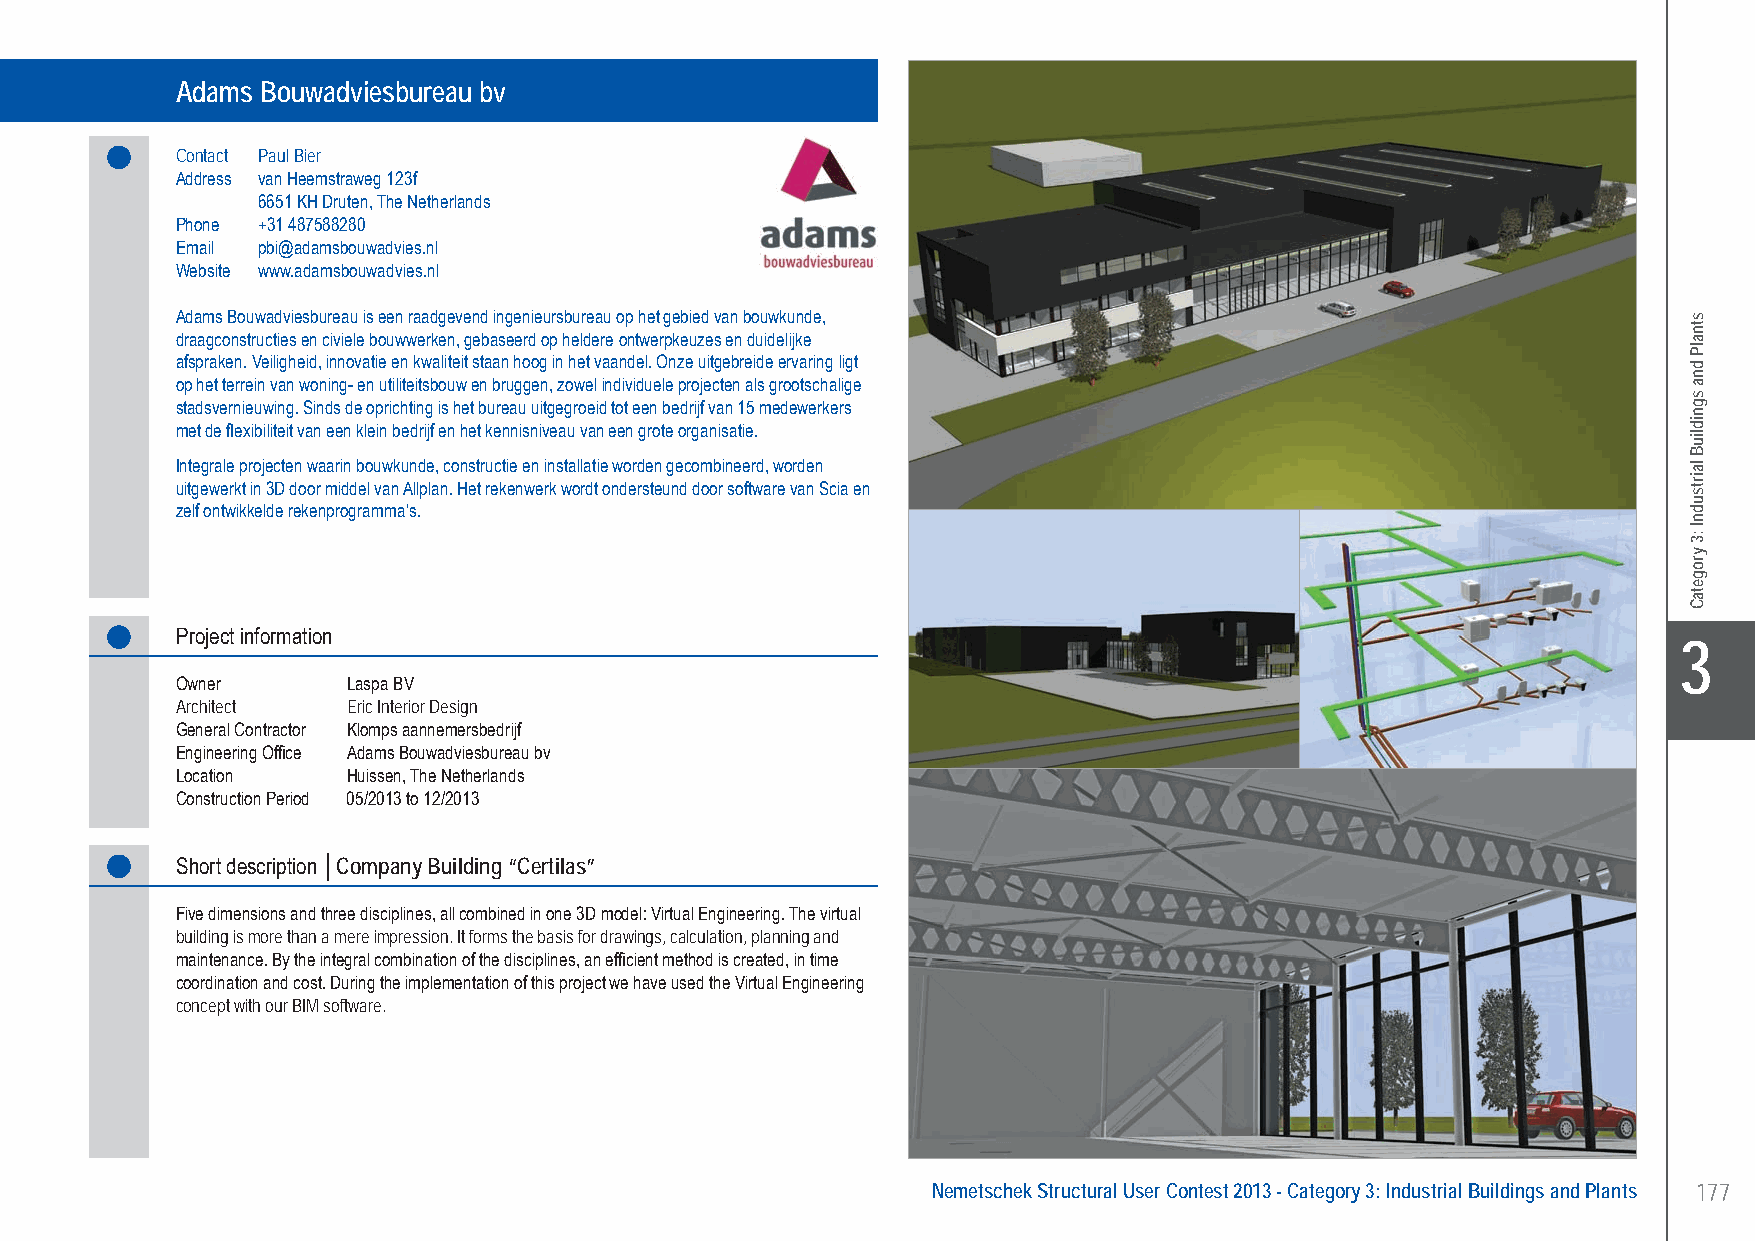
Adams Bouwadviesbureau bv Company Building “Certilas” - Huissen, The Netherlands
 Adams Bouwadviesbureau bv
 Contact Paul Bier
 Address van Heemstraweg 123f
 6651 KH Druten, The Netherlands
 Phone +31 487588280
 Email pbi@adamsbouwadvies.nl
 Website www.adamsbouwadvies.nl
 Adams Bouwadviesbureau is een raadgevend ingenieursbureau op het gebied van bouwkunde,
 draagconstructies en civiele bouwwerken, gebaseerd op heldere ontwerpkeuzes en duidelijke
 afspraken. Veiligheid, innovatie en kwaliteit staan hoog in het vaandel. Onze uitgebreide ervaring ligt
 op het terrein van woning- en utiliteitsbouw en bruggen, zowel individuele projecten als grootschalige
 stadsvernieuwing. Sinds de oprichting is het bureau uitgegroeid tot een bedrijf van 15 medewerkers
 met de flexibiliteit van een klein bedrijf en het kennisniveau van een grote organisatie.
 Integrale projecten waarin bouwkunde, constructie en installatie worden gecombineerd, worden
 uitgewerkt in 3D door middel van Allplan. Het rekenwerk wordt ondersteund door software van Scia en
 zelf ontwikkelde rekenprogramma’s.
 Project information
 X3
 Owner      Laspa BV
 Architect  Eric Interior Design
 General Contractor Klomps aannemersbedrijf
 Engineering Office Adams Bouwadviesbureau bv
 Location   Huissen, The Netherlands
 Construction Period 05/2013 to 12/2013
 Short description │Company Building “Certilas”
 Five dimensions and three disciplines, all combined in one 3D model: Virtual Engineering. The virtual
 building is more than a mere impression. It forms the basis for drawings, calculation, planning and
 maintenance. By the integral combination of the disciplines, an efficient method is created, in time
 coordination and cost. During the implementation of this project we have used the Virtual Engineering
 concept with our BIM software.
 Nemetschek Structural User Contest 2013 - Category 3: Industrial Buildings and Plants 177
 UC-2013-Book-V8.indd 177                                                                                  7/11/2013 12:04:35 PM
 stnalP
 dna
 sgnidliuB
 lairtsudnI
 :3
 yrogetaC